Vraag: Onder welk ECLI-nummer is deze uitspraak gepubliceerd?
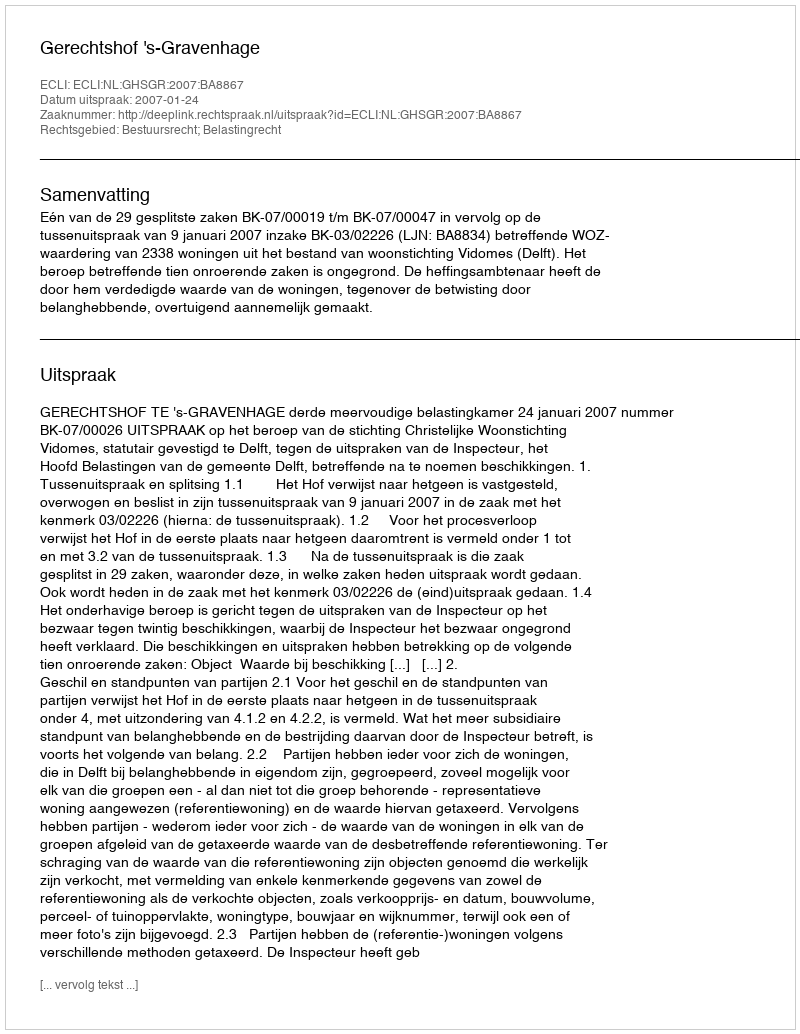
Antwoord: ECLI:NL:GHSGR:2007:BA8867